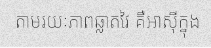
តាមរយៈភាពឆ្លាតវៃ គឺអាស៊ីក្នុង